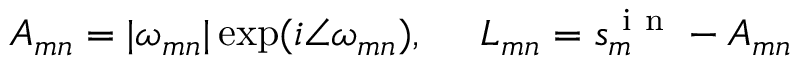
A _ { m n } = \vert \omega _ { m n } \vert \exp ( i \angle \omega _ { m n } ) , ~ ~ ~ ~ L _ { m n } = s _ { m } ^ { \mathrm { ~ i ~ n ~ } } - A _ { m n }